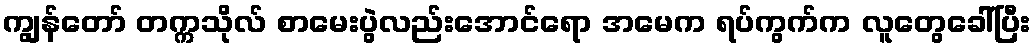
ကျွန်တော် တက္ကသိုလ် စာမေးပွဲလည်းအောင်ရော အမေက ရပ်ကွက်က လူတွေခေါ်ပြီး